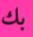
بك